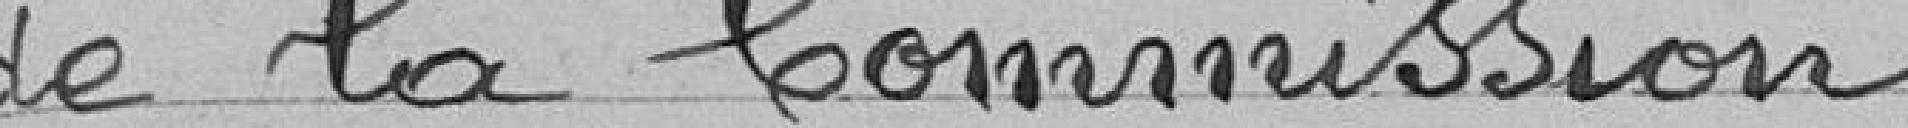
de la Commission